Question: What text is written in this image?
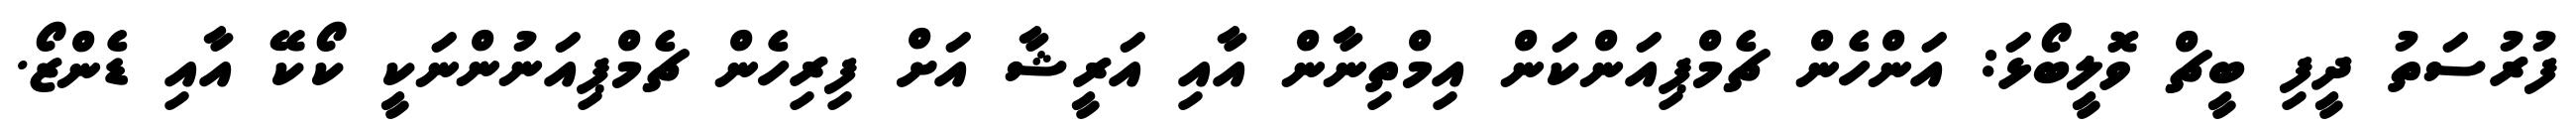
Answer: ފުރުސަތު ދީފި ބީޗް ވޮލީބޯޅަ: އަންހެން ޗެމްޕިއަންކަން އިމްތިނާން އާއި އަރީޝާ އަށް ފިރިހެން ޗެމްޕިއަނުންނަކީ ކޯކޭ އާއި ޑެންޒޯ.